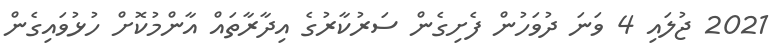
2021 ޖުލައި 4 ވަނަ ދުވަހުން ފެށިގެން ސަރުކާރުގެ އިދާރާތައް އާންމުކޮށް ހުޅުވައިގެން